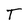
Character: T